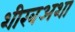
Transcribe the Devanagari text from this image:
शीखअशा